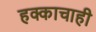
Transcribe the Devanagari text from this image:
हक्काचाही